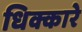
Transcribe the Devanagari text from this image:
धिक्कारे